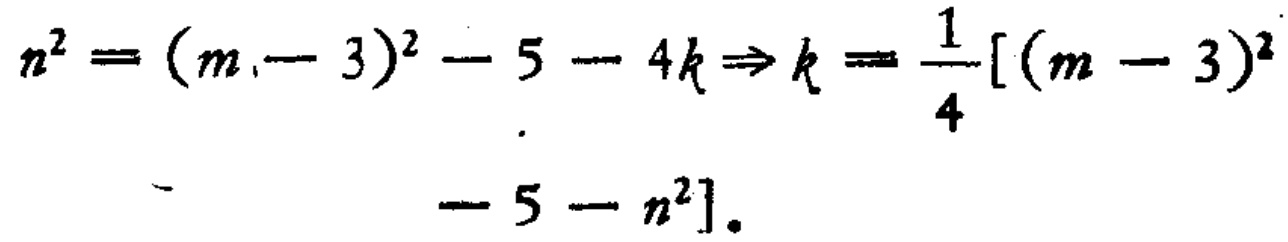
\[
n^{2}=(m - 3)^{2}-5 - 4k\Rightarrow k=\frac{1}{4}[(m - 3)^{2}-5 - n^{2}].
\]